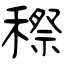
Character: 穄